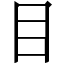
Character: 目